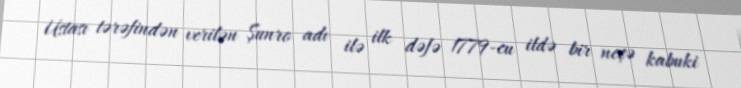
Ustası tərəfindən verilən Şunro adı ilə ilk dəfə 1779-cu ildə bir neçə kabuki